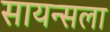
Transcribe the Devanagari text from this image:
सायन्सला